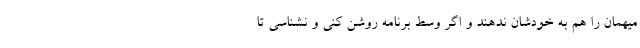
میهمان را هم به خودشان ندهند و اگر وسط برنامه روشن کنی و نشناسی تا